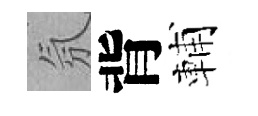
氛背輔